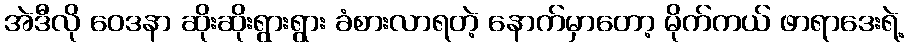
အဲဒီလို ဝေဒနာ ဆိုးဆိုးရွားရွား ခံစားလာရတဲ့ နောက်မှာတော့ မိုက်ကယ် ဖာရာဒေးရဲ့